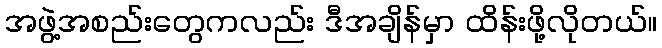
အဖွဲ့အစည်းတွေကလည်း ဒီအချိန်မှာ ထိန်းဖို့လိုတယ်။